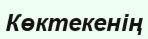
Көктекенің